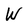
Character: W